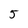
Character: 5